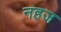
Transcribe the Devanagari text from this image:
नहज